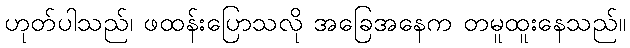
ဟုတ်ပါသည်၊ ဖထန်းပြောသလို အခြေအနေက တမူထူးနေသည်။